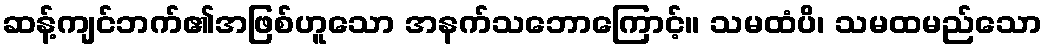
ဆန့်ကျင်ဘက်၏အဖြစ်ဟူသော အနက်သဘောကြောင့်။ သမထံပိ၊ သမထမည်သော